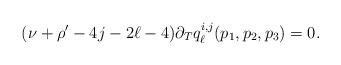
LaTeX: \begin{align*} (\nu+\rho'-4j-2\ell-4)\partial_Tq_\ell^{i,j}(p_1,p_2,p_3) = 0.\end{align*}